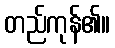
တည်ကုန်၏။